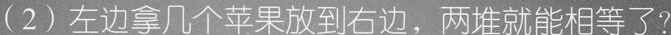
(2)左边拿几个苹果放到右边，两堆就能相等了?